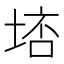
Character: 𡌮